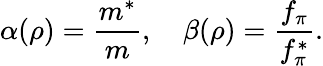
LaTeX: \alpha(\rho)=\frac{m^{*}}{m},\quad\beta(\rho)=\frac{f_{\pi}}{f_{\pi}^{*}}.